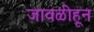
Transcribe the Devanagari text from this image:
जावळीहून